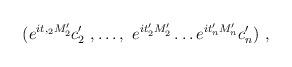
LaTeX: \begin{align*}(e^{it,_2 M'_2}c'_2\ ,\ldots,\ e^{it'_2 M'_2}\ldots e^{it'_n M'_n}c'_n)\ ,\end{align*}